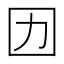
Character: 㘞